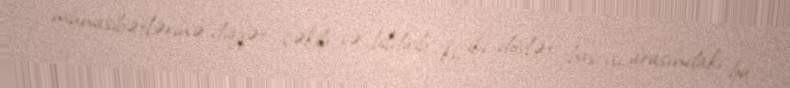
münasibətlərinə diqqət çəkib və bildirib ki, iki dövlət başçısı arasındakı bu